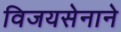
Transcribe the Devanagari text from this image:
विजयसेनाने